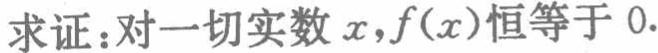
求证：对一切实数 \(x,f(x)\)恒等于 \(0\).